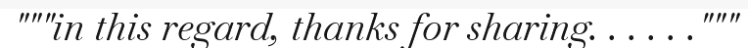
"""in this regard, thanks for sharing. . . . . ."""